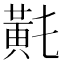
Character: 𪎴